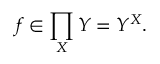
f \in \prod _ { X } Y = Y ^ { X } .